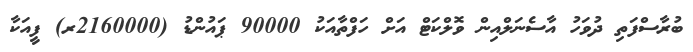
ބުރާސްފަތި ދުވަހު އާސެނަލްއިން ވޮލްކަޓް އަށް ހަފްތާއަކު 90000 ޕައުންޑު (2160000ރ) ފީއަކާ